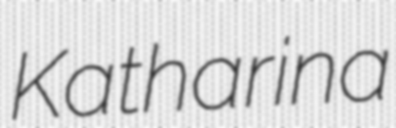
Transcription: Katharina